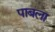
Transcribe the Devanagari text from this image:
पाबला